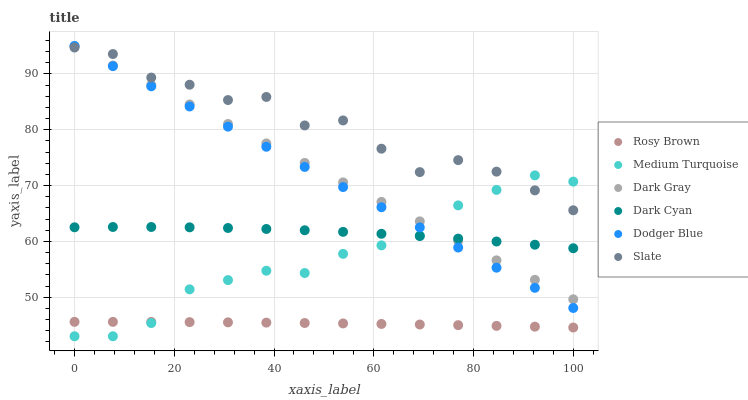
| xaxis_label | Rosy Brown | Medium Turquoise | Dark Gray | Dark Cyan | Dodger Blue | Slate |
 | --- | --- | --- | --- | --- | --- | --- |
 | 0 | 45.6 | 43 | 95 | 62.5 | 95 | 94.7 |
 | 7.69 | 45.6 | 43 | 91.5 | 62.6 | 91.4 | 93.6 |
 | 15.4 | 45.6 | 45.4 | 88 | 62.6 | 87.8 | 89.3 |
 | 23.1 | 45.5 | 51.4 | 84.5 | 62.5 | 84.2 | 88.1 |
 | 30.8 | 45.5 | 53.1 | 81 | 62.4 | 80.6 | 85.3 |
 | 38.5 | 45.4 | 54.7 | 77.5 | 62.2 | 76.9 | 85.9 |
 | 46.2 | 45.4 | 54.3 | 74.1 | 62 | 73.3 | 80.8 |
 | 53.8 | 45.3 | 57.8 | 70.6 | 61.7 | 69.7 | 81.7 |
 | 61.5 | 45.2 | 59.3 | 67.1 | 61.4 | 66.1 | 76.6 |
 | 69.2 | 45.1 | 61 | 63.6 | 61 | 62.5 | 72.4 |
 | 76.9 | 45 | 66.4 | 60.1 | 60.5 | 58.9 | 74.6 |
 | 84.6 | 44.9 | 69.2 | 56.6 | 60 | 55.3 | 72.5 |
 | 92.3 | 44.7 | 71.8 | 53.1 | 59.4 | 51.7 | 69.1 |
 | 100 | 44.6 | 70.7 | 49.6 | 58.8 | 48.1 | 65.6 |